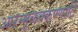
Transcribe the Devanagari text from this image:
आऱन्मुळक्कण्णाटि